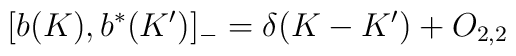
\lbrack b(K),b^{\ast }(K^{\prime })]_{-}=\delta (K-K^{\prime })+O_{2,2}